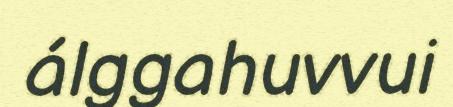
álggahuvvui